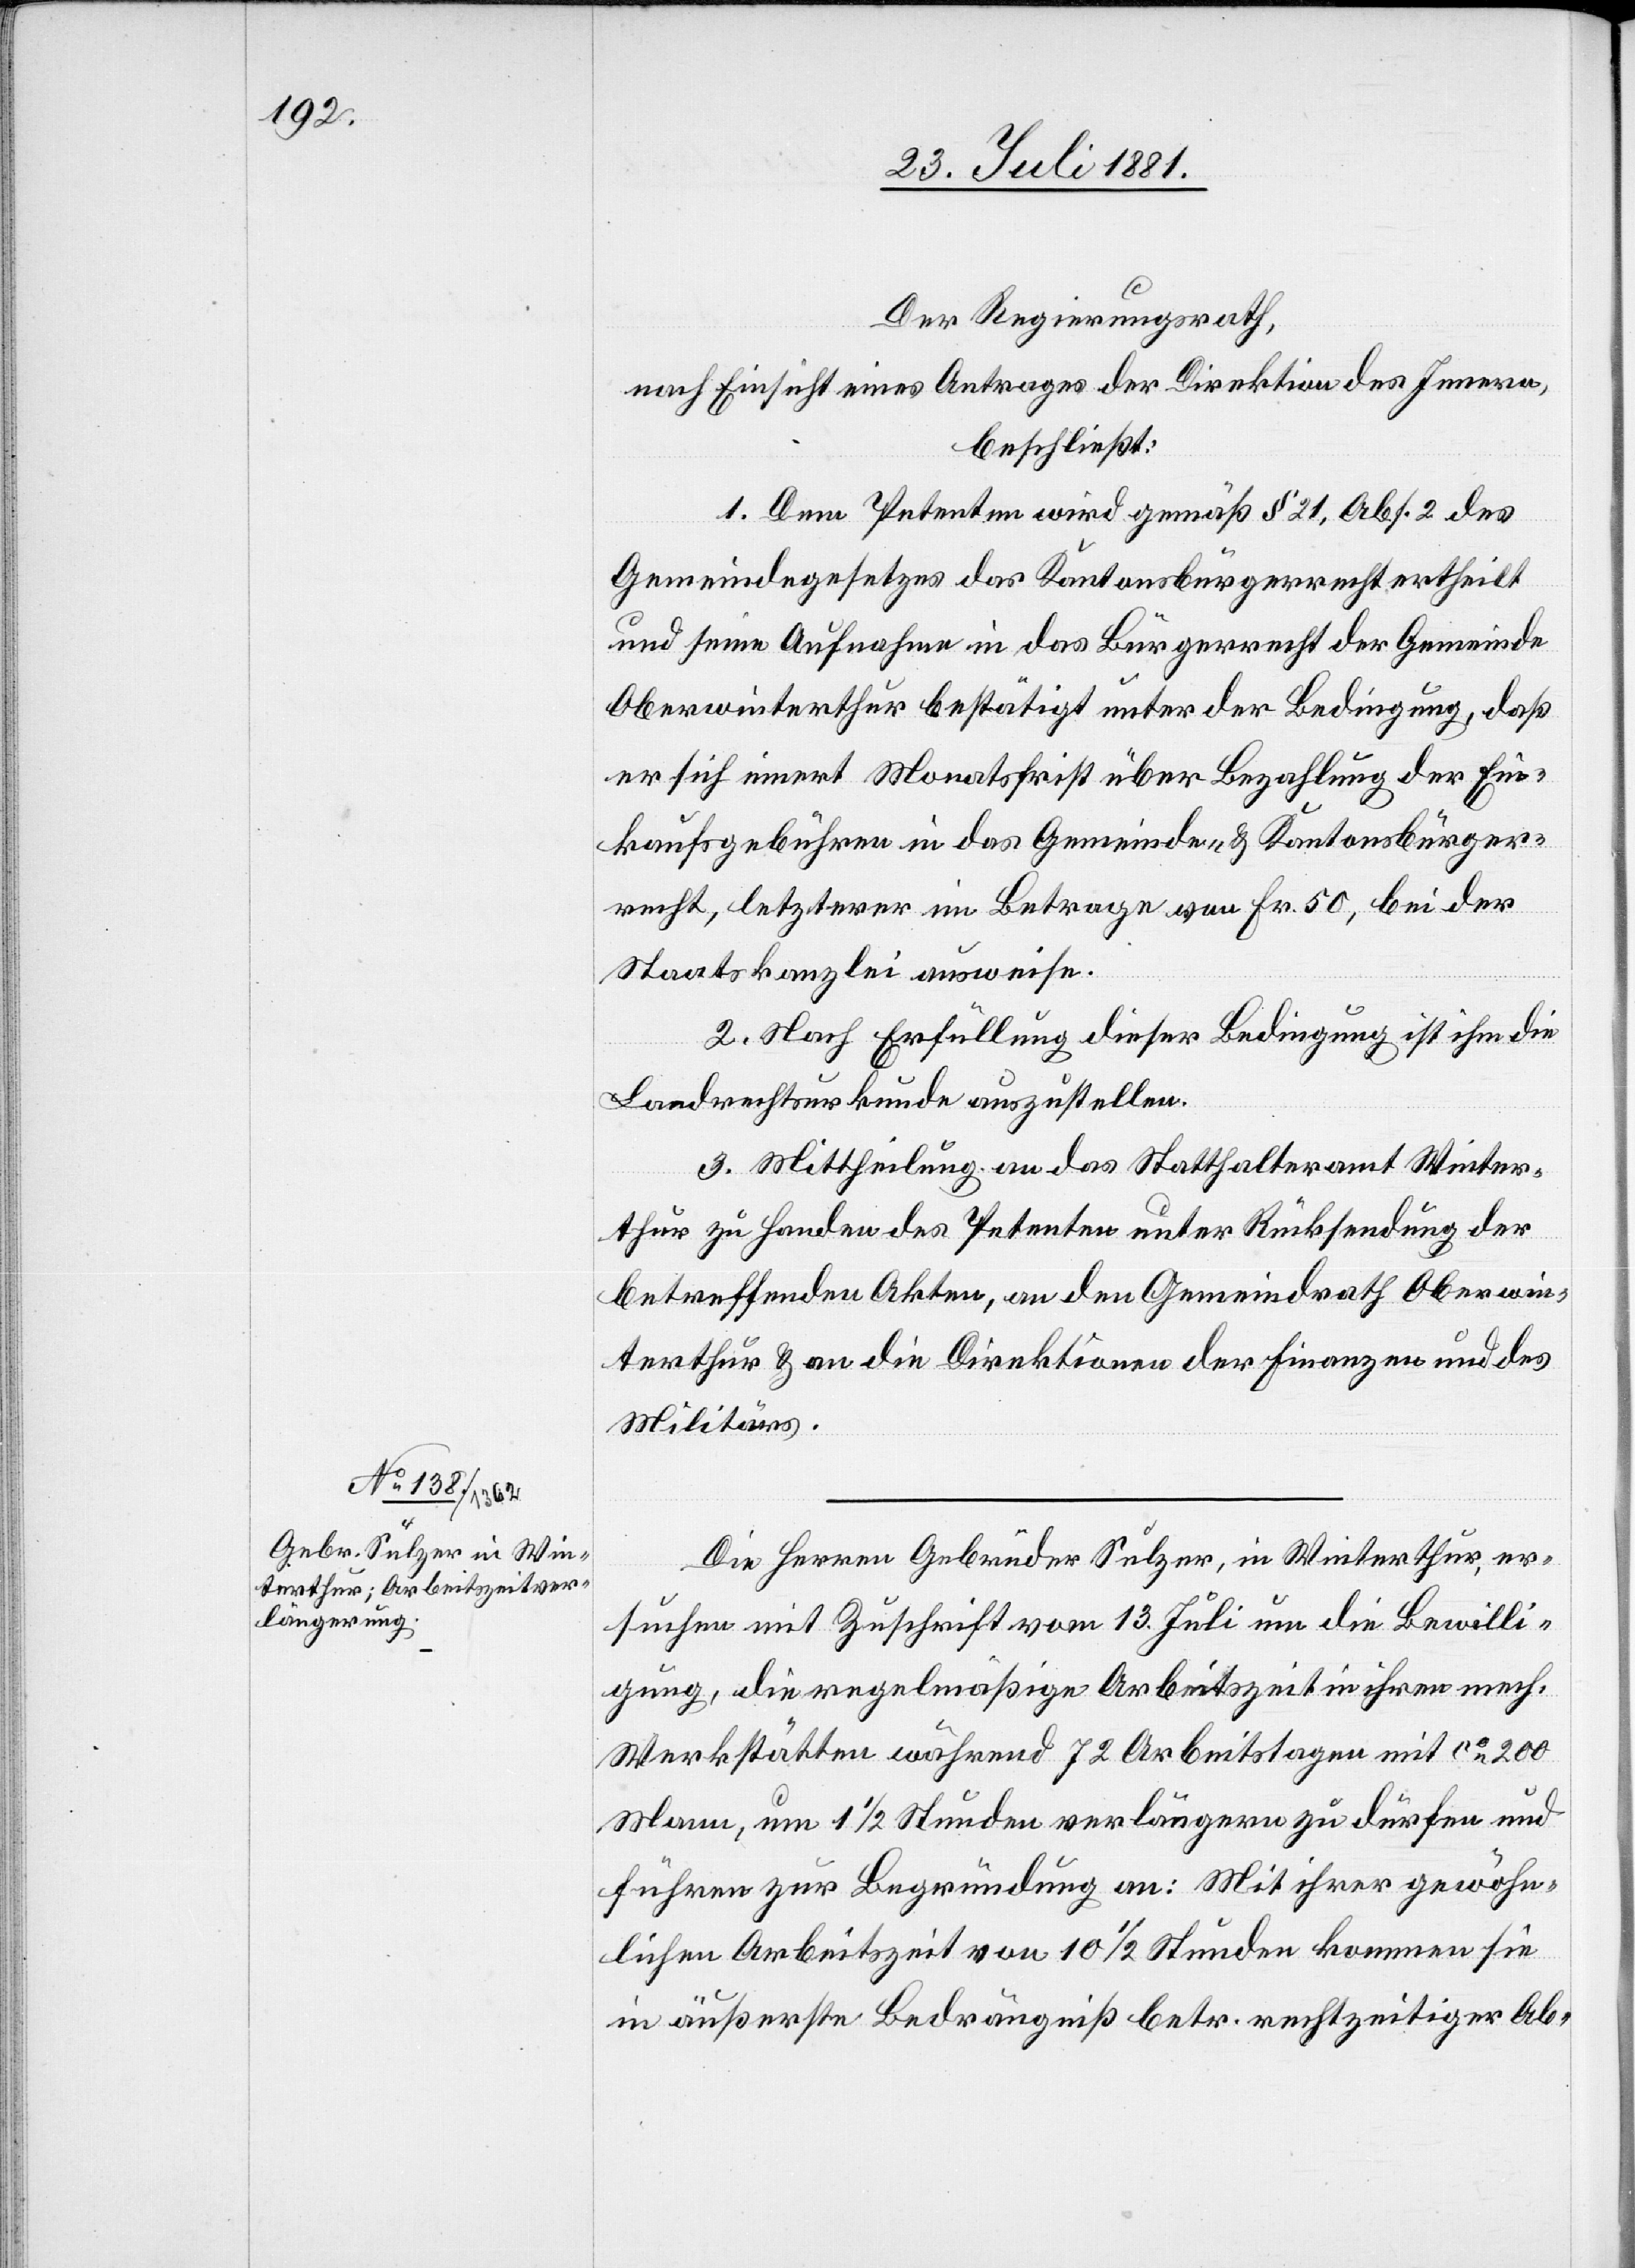
Der Regierungsrath,
nach Einsicht eines Antrages der Direktion des Innern,
beschließt:
1. Dem Petenten wird gemäß § 21, Abs. 2 des
Gemeindegesetzes das Kantonsbürgerrecht ertheilt
und seine Aufnahme in das Bürgerrecht der Gemeinde
Oberwinterthur bestätigt unter der Bedingung, daß
er sich innert Monatsfrist über Bezahlung der Ein¬
kaufsgebühren in das Gemeinde- & Kantonsbürger¬
recht, letzterer im Betrage von Fr. 50, bei der
Staatskanzlei ausweise.
2. Nach Erfüllung dieser Bedingung ist ihm die
Landrechtsurkunde auszustellen.
3. Mittheilung an das Statthalteramt Winter¬
thur zu Handen des Petenten unter Rücksendung der
betreffenden Akten, an den Gemeindrath Oberwin¬
terthur & an die Direktion der Finanzen und des
Militärs.
Die Herren Gebrüder Sulzer, in Winterthur, er¬
suchen mit Zuschrift vom 13. Juli um die Bewilli¬
gung, die regelmäßige Arbeitszeit in ihren mech.
Werkstätten während 72 Arbeitstagen mit ca 200
Mann, um 1 1/2 Stunden verlängern zu dürfen und
führen zur Begründung an: Mit ihrer gewöhn¬
lichen Arbeitszeit von 10 1/2 Stunden kommen sie
in äußerste Bedrängniß betr. rechtzeitiger Ab-